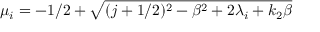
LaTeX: \mu _ { i } = - 1 / 2 + \sqrt { ( j + 1 / 2 ) ^ { 2 } - \beta ^ { 2 } + 2 \lambda _ { i } + k _ { 2 } \beta }